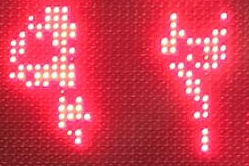
92